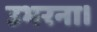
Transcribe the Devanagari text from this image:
उभरना।